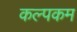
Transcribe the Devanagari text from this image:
कल्पकम